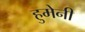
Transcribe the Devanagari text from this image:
हुमेनी